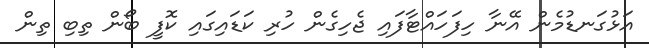
އަޅުގަނޑުމެން އޭނާ ހިފަހައްޓާފައި ޖެހިގެން ހުރި ކަޑައިގައި ކޮފީ ބޯން ތިބި ތިން